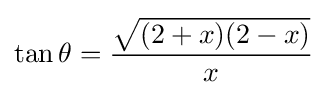
\tan \theta ={\frac {\sqrt {(2+x)(2-x)}}{x}}